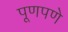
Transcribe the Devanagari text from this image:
पूणपणे